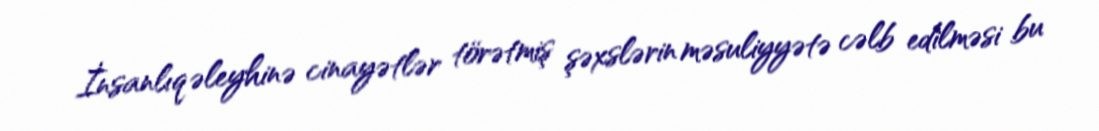
İnsanlıq əleyhinə cinayətlər törətmiş şəxslərin məsuliyyətə cəlb edilməsi bu